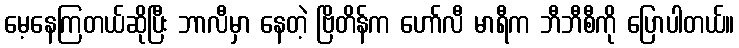
မေ့နေကြတယ်ဆိုပြီး ဘာလီမှာ နေတဲ့ ဗြိတိန်က ဟော်လီ မာရီက ဘီဘီစီကို ပြောပါတယ်။